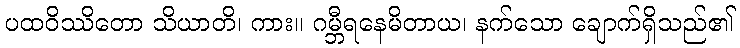
ပထဝိဿိတော သိယာတိ၊ ကား။ ဂမ္ဘီရနေမိတာယ၊ နက်သော ချောက်ရှိသည်၏